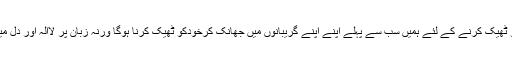
کرپٹ، چور حکمرانوں وسیاستدانوں اور اس دیمک زدہ معاشرے کو ٹھیک کرنے کے لئے ہمیں سب سے پہلے اپنے اپنے گریبانوں میں جھانک کرخودکو ٹھیک کرنا ہوگا ورنہ زبان پر لاالہ اور دل میں اس کالی بلا سے ہمارے یہ حالات کبھی بھی ٹھیک نہیں ہونگے۔